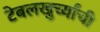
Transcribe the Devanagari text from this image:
टेबलखुर्च्यांची